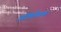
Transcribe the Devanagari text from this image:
ऑलिम्पिका